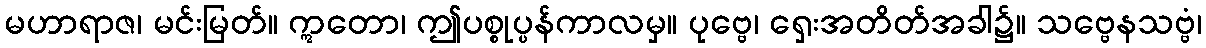
မဟာရာဇ၊ မင်းမြတ်။ ဣတော၊ ဤပစ္စုပ္ပန်ကာလမှ။ ပုဗ္ဗေ၊ ရှေးအတိတ်အခါ၌။ သဗ္ဗေနသဗ္ဗံ၊